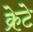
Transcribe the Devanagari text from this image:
क्रेटे